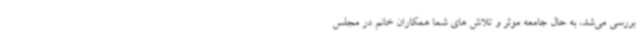
بررسی می‌شد، به حال جامعه موثر و تلاش های شما همکاران خانم در مجلس